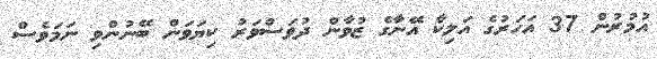
އުމުރުން 37 އަހަރުގެ އަލިކާ އޭނާގެ ޒުވާން ދުވަސްވަރު ކިޔަވަން ބޭނުންވި ނަަމަވެސް